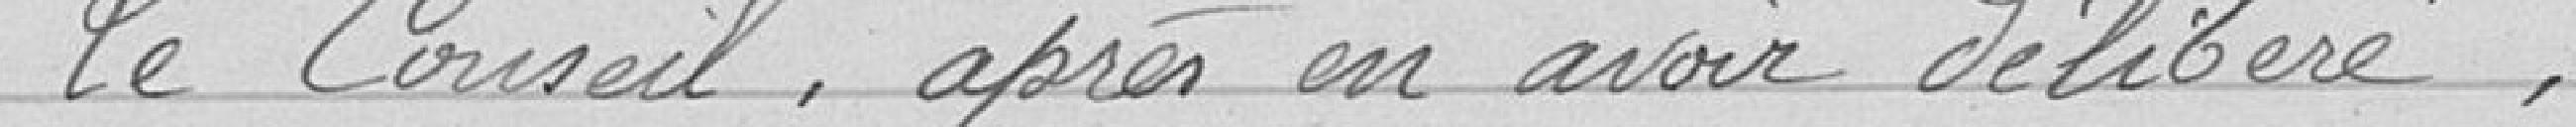
Le Conseil, après en avoir délibéré,